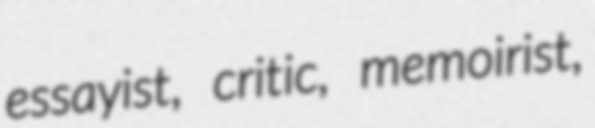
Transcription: essayist, critic, memoirist,